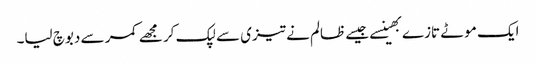
ایک موٹے تازے بھینسے جیسے ظالم نے تیزی سے لپک کر مجھے کمر سے دبوچ لیا۔